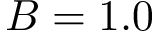
B = 1 . 0